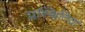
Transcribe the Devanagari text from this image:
प्रस्थितियां